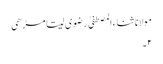
مولانا ثناء المصطفیٰ رضوی سیتامڑھی
۲۔